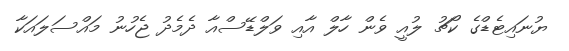
ޔުނައިޓެޑްގެ ކޯޗު ލުއީ ވެން ހާލް އާއި ވަލްޑޭސްއާ ދެމެދު ޖެހުނު މައްސަލައަކާ